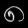
Digit: ၈